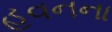
હવનના